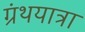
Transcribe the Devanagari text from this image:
ग्रंथयात्रा